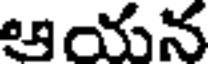
ఆయన